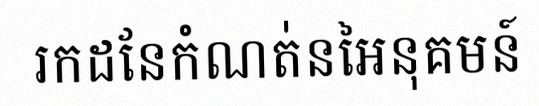
រកដែនកំណត់នៃអនុគមន៍